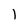
Character: 1